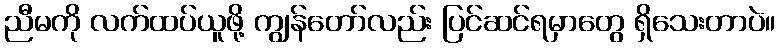
ညီမကို လက်ထပ်ယူဖို့ ကျွန်တော်လည်း ပြင်ဆင်ရမှာတွေ ရှိသေးတာပဲ။